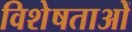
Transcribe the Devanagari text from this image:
विशेषताओें